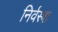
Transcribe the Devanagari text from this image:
निर्वस्त्रा